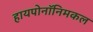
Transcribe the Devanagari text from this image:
हायपोनॉनिमकल